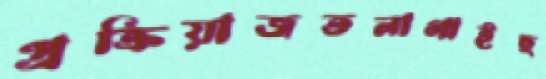
প্রক্রিয়াজতলাগাইছ